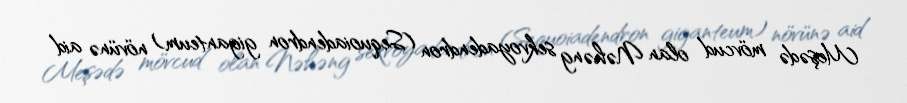
Meşədə mövcud olan Nəhəng sekvoyadendron (Sequoiadendron giganteum) növünə aid